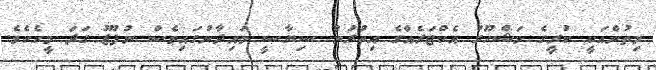
މިތުންއަކީ ކުރީގެ މަޝްހޫރު އެކްޓަރެއްގެ އިތުރުން ސިޔާސީ މައިދާނުގައިވެސް ނުފޫޒު ގަދަ މީހެކެވެ.